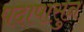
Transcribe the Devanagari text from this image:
पदापासुन